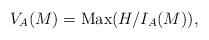
LaTeX: \begin{align*} V_A(M) = {\rm{Max}} ( H/I_A(M)),\end{align*}